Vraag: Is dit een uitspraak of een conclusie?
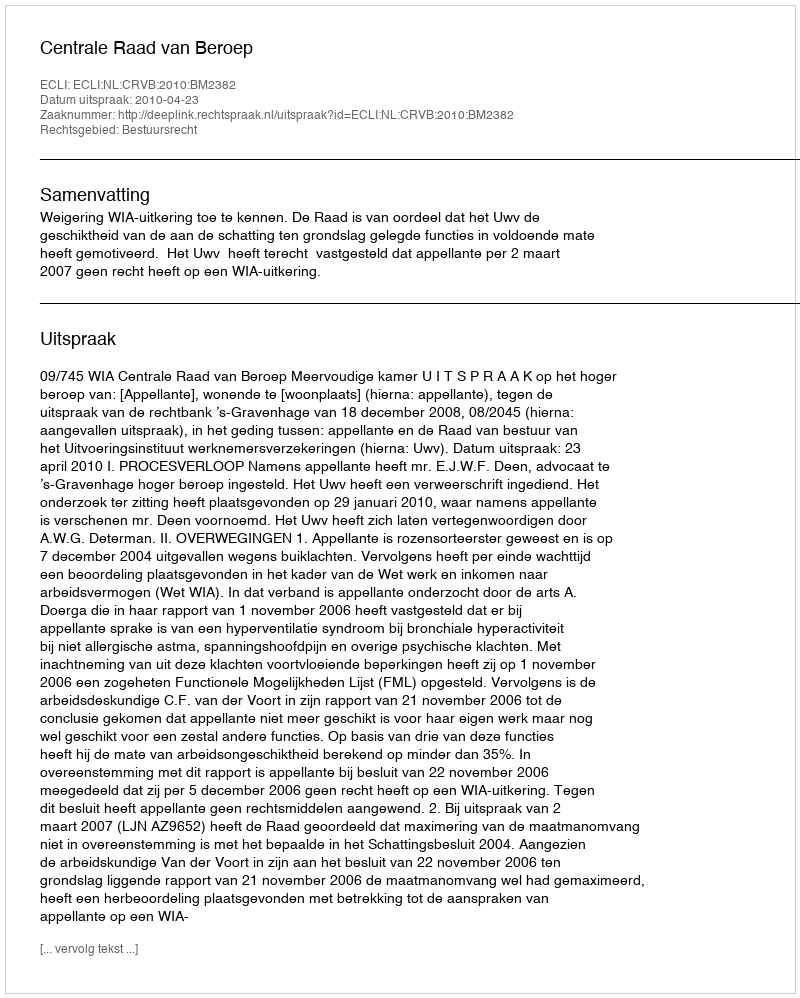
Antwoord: Uitspraak